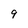
Character: 9